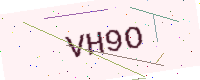
Text: VH9O